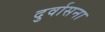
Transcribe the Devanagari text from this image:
दुर्वासना